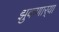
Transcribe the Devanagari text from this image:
झुकणार्‍या